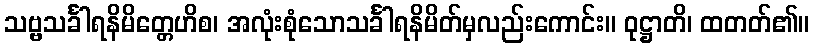
သဗ္ဗသင်္ခါရနိမိတ္တေဟိစ၊ အလုံးစုံသောသင်္ခါရနိမိတ်မှလည်းကောင်း။ ဝုဋ္ဌာတိ၊ ထတတ်၏။